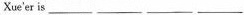
Xue'er is___ ___ ___ ___